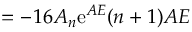
= - 1 6 A _ { n } \mathrm { e } ^ { A E } ( n + 1 ) A E